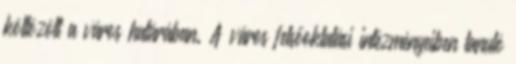
költözött a város határában. A város felsőoktatási intézményeiben tanuló